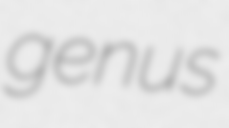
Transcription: genus